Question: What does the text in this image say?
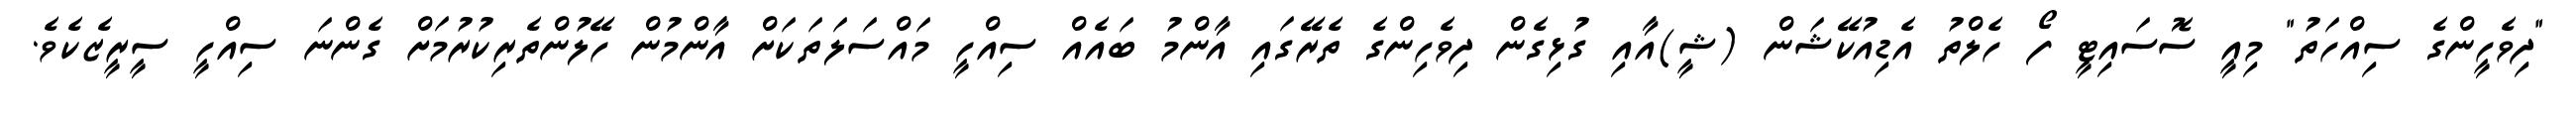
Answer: "ދިވެހީންގެ ސިއްހަތު" މިއީ ސޮސައިޓީ ފޯ ހެލްތު އެޑިއުކޭޝަން (ޝީ)އާއި ގުޅިގެން ދިވެހިންގެ ތެރޭގައި އާންމު ބައެއް ސިއްހީ މައްސަލަތަކަށް އާންމުން ހޭލުންތެރިކުރުމަށް ގެންނަ ސިއްހީ ސީރީޒެކެވެ.